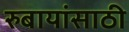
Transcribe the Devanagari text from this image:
रुबायांसाठी